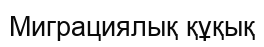
Миграциялық құқық